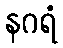
နဂရံ